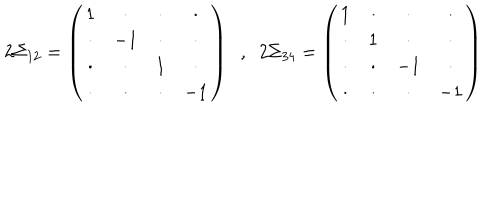
2 \Sigma _ { 1 2 } = \left( \begin{array} { c c c c } { { 1 } } & { { \cdot } } & { { \cdot } } & { { \cdot } } \\ { { \cdot } } & { { - 1 } } & { { \cdot } } & { { \cdot } } \\ { { \cdot } } & { { \cdot } } & { { 1 } } & { { \cdot } } \\ { { \cdot } } & { { \cdot } } & { { \cdot } } & { { - 1 } } \\ \end{array} \right) \; \; , \; \; 2 \Sigma _ { 3 4 } = \left( \begin{array} { c c c c } { { 1 } } & { { \cdot } } & { { \cdot } } & { { \cdot } } \\ { { \cdot } } & { { 1 } } & { { \cdot } } & { { \cdot } } \\ { { \cdot } } & { { \cdot } } & { { - 1 } } & { { \cdot } } \\ { { \cdot } } & { { \cdot } } & { { \cdot } } & { { - 1 } } \\ \end{array} \right) \nonumber